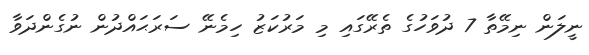
ނީލަން ނިމޭތާ 7 ދުވަހުގެ ތެރޭގައި މި މަރުކަޒު ހިމެނޭ ސަރަޙައްދުން ނުގެންދަވާ